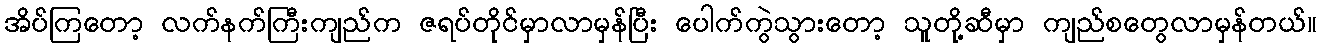
အိပ်ကြတော့ လက်နက်ကြီးကျည်က ဇရပ်တိုင်မှာလာမှန်ပြီး ပေါက်ကွဲသွားတော့ သူတို့ဆီမှာ ကျည်စတွေလာမှန်တယ်။